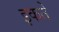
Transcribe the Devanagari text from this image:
इकते